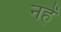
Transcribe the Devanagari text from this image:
नहें